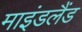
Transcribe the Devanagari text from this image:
माइंडलैंड